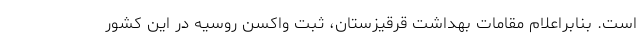
است. بنابراعلام مقامات بهداشت قرقیزستان، ثبت واکسن روسیه در این کشور